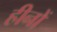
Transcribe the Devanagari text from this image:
हीनों